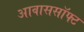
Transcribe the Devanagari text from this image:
आवाससॉफ्ट